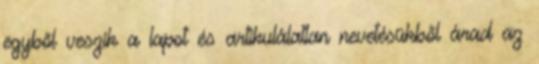
egyből veszik a lapot és artikulálatlan nevetésükből árad az